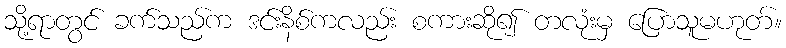
သို့ရာတွင် ခက်သည်က ဒင်းနိစ်ကလည်း စကားဆို၍ တလုံးမှ ပြောသူမဟုတ်။